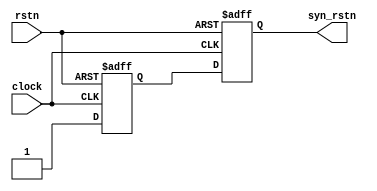
module syn_rst(
    input  wire      clock,
    input  wire      rstn,     //async_negedge_active_reset
    output wire      syn_rstn
);
    reg rst_nr1, rst_nr2;
 
    always @(posedge clock or negedge rstn) begin
        if(!rstn) begin
			rst_nr1 <= 1'b0;
            rst_nr2 <= 1'b0;		//
        end
        else begin
			rst_nr1 <= 1'b1;
			rst_nr2 <= rst_nr1;		//
		end
    end
	
	assign syn_rstn = rst_nr2;			//rst_n	
endmodule